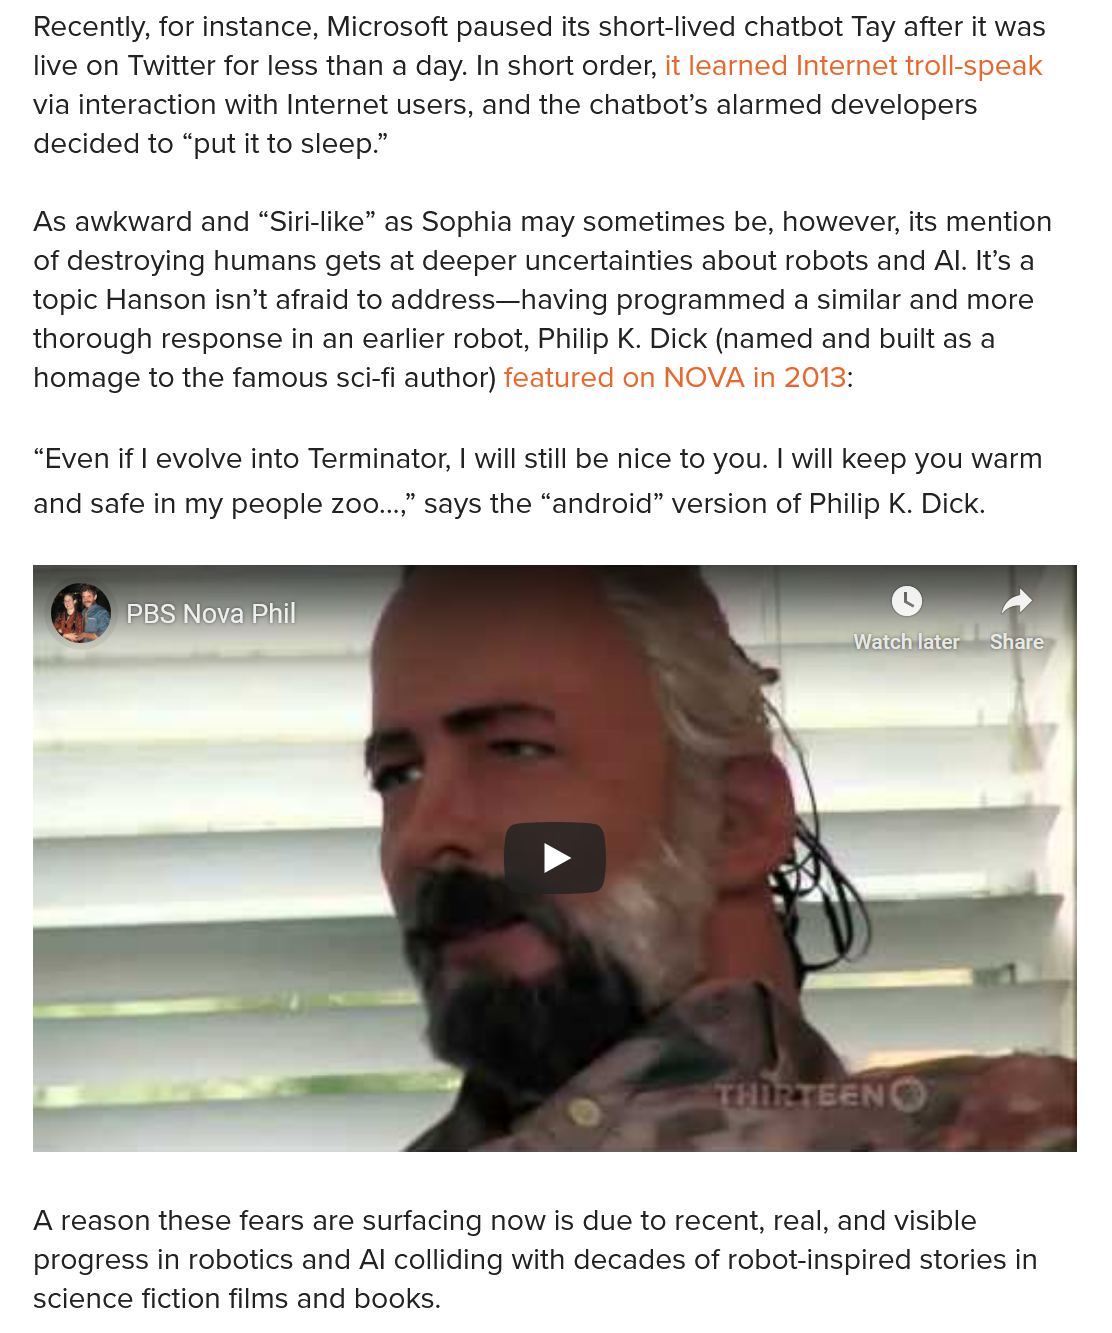
Recently, for instance, Microsoft paused its short-lived chatbot Tay after it was
   live on Twitter for less than a day. In short order, it learned Internet troll-speak
   via interaction with Internet users, and the chatbot’s alarmed developers
   decided to “put it to sleep.”
   As awkward and  “Siri-like” as Sophia may sometimes be, however, its mention
   of destroying humans gets at deeper uncertainties about robots and Al. It’s a
   topic Hanson isn’t afraid to address—having programmed a similar and more
   thorough response in an earlier robot, Philip K. Dick (named and built as a
   homage to the famous sci-fi author) featured on NOVA in 2013:
   “Even if | evolve into Terminator, | will still be nice to you. | will Keep you warm
   and safe in my people zoo...,” says the “android” version of Philip K. Dick.
   A reason these fears are surfacing now is due to recent, real, and visible
   progress in robotics and Al colliding with decades of robot-inspired stories in
   science fiction films and books.